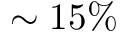
\sim 1 5 \%